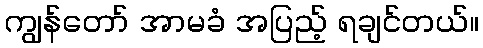
ကျွန်တော် အာမခံ အပြည့် ရချင်တယ်။